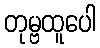
တုမ္ဗထူပေါ